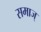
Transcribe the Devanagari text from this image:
समाज्